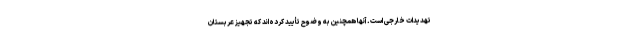
تهدیدات خارجی است. آنها همچنین به وضوح تأیید کرده‌اند که تجهیز عربستان